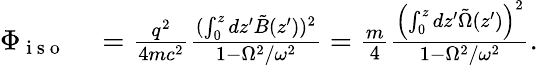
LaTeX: \begin{array}{rl}{\Phi_{\mathrm{~i~s~o~}}}&{{}=\frac{q^{2}}{4mc^{2}}\frac{(\int_{0}^{z}dz^{\prime}\tilde{B}(z^{\prime}))^{2}}{1-\Omega^{2}/\omega^{2}}=\frac{m}{4}\frac{\left(\int_{0}^{z}dz^{\prime}\tilde{\Omega}(z^{\prime})\right)^{2}}{1-\Omega^{2}/\omega^{2}}.}\end{array}